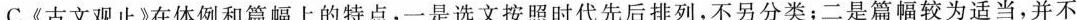
C.《古文观止》在体例和篇幅上的特点，一是选文按照时代先后排列，不另分类；二是篇幅较为适当，并不